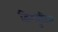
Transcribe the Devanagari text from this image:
द्विखुरिन